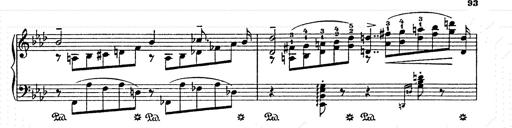
Title: AnnÃ©es de pÃ¨lerinage II
Composer: Franz Liszt